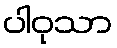
ပါဝုသာ